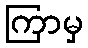
ကြာမှ